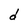
Character: d